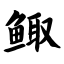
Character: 鲰